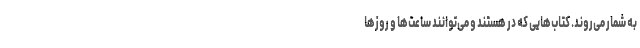
به شمار می‌روند. کتاب‌هایی که در هستند و می‌توانند ساعت‌ها و روزها